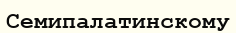
Семипалатинскому